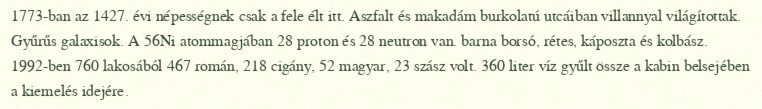
1773-ban az 1427. évi népességnek csak a fele élt itt. Aszfalt és makadám burkolatú utcáiban villannyal világítottak. Gyűrűs galaxisok. A 56Ni atommagjában 28 proton és 28 neutron van. barna borsó, rétes, káposzta és kolbász. 1992-ben 760 lakosából 467 román, 218 cigány, 52 magyar, 23 szász volt. 360 liter víz gyűlt össze a kabin belsejében a kiemelés idejére.